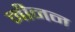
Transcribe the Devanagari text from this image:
मीनन